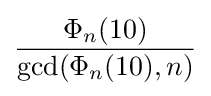
{\frac {\Phi _{n}(10)}{\gcd(\Phi _{n}(10),n)}}